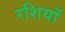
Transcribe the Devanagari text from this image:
रशियों